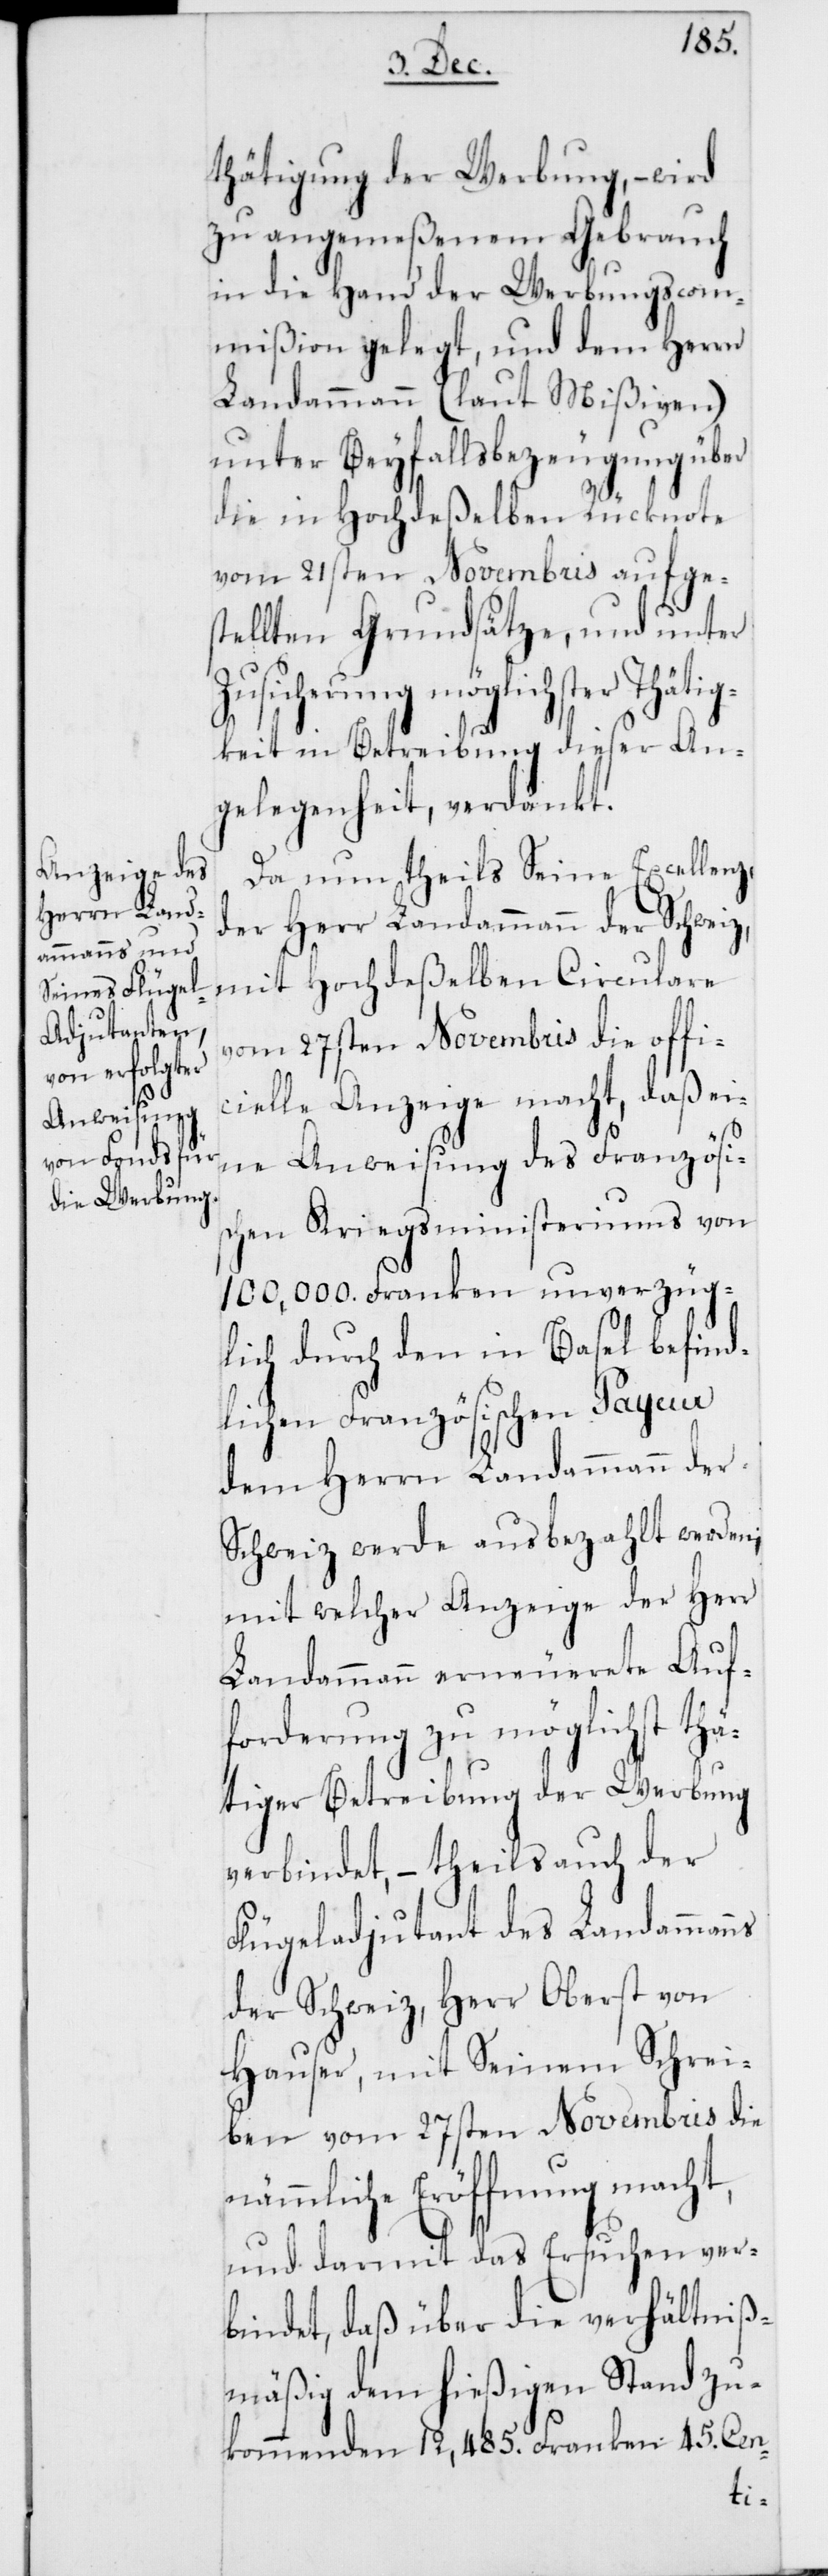
tätigung der Werbung, – wird
zu angemeßenem Gebrauch
in die Hand der Werbungscom¬
mißion gelegt, und dem Herrn
Landammann (laut Mißiven)
unter Beyfallsbezeugung über
die in Hochdeßelben Rücknote
vom 21sten Novembris aufges¬
tellten Grundsätze, und unter
Zusicherung möglichster Thätig¬
keit in Betreibung dieser An¬
gelegenheit, verdankt.
Da nun theils Seine Excellenz,
der Herr Landammann der Schweiz,
mit Hochdeßelben Circulare
vom 27sten Novembris die offi¬
cielle Anzeige macht, daß ein¬
e Anweisung des Französis¬
chen Kriegsministeriums von
100,000. Franken unverzüg¬
lich durch den in Basel befind¬
lichen Französischen Payeur
dem Herrn Landammann der
Schweiz werde ausbezahlt werden;
mit welcher Anzeige der Herr
Landammann erneuerete Auf¬
forderung zu möglichst thä¬
tiger Betreibung der Werbung
verbindet, – theils auch der
Flügeladjutant des Landammanns
der Schweiz, Herr Oberst von
Hauser, mit Seinem Schrei¬
ben vom 27sten Novembris die
nämmliche Eröffnung macht,
und darmit das Ersuchen ver¬
bindet, daß über die verhältniß¬
mäßig dem hießigen Stand zu¬
kommenden 12,485. Franken 45. Cen-